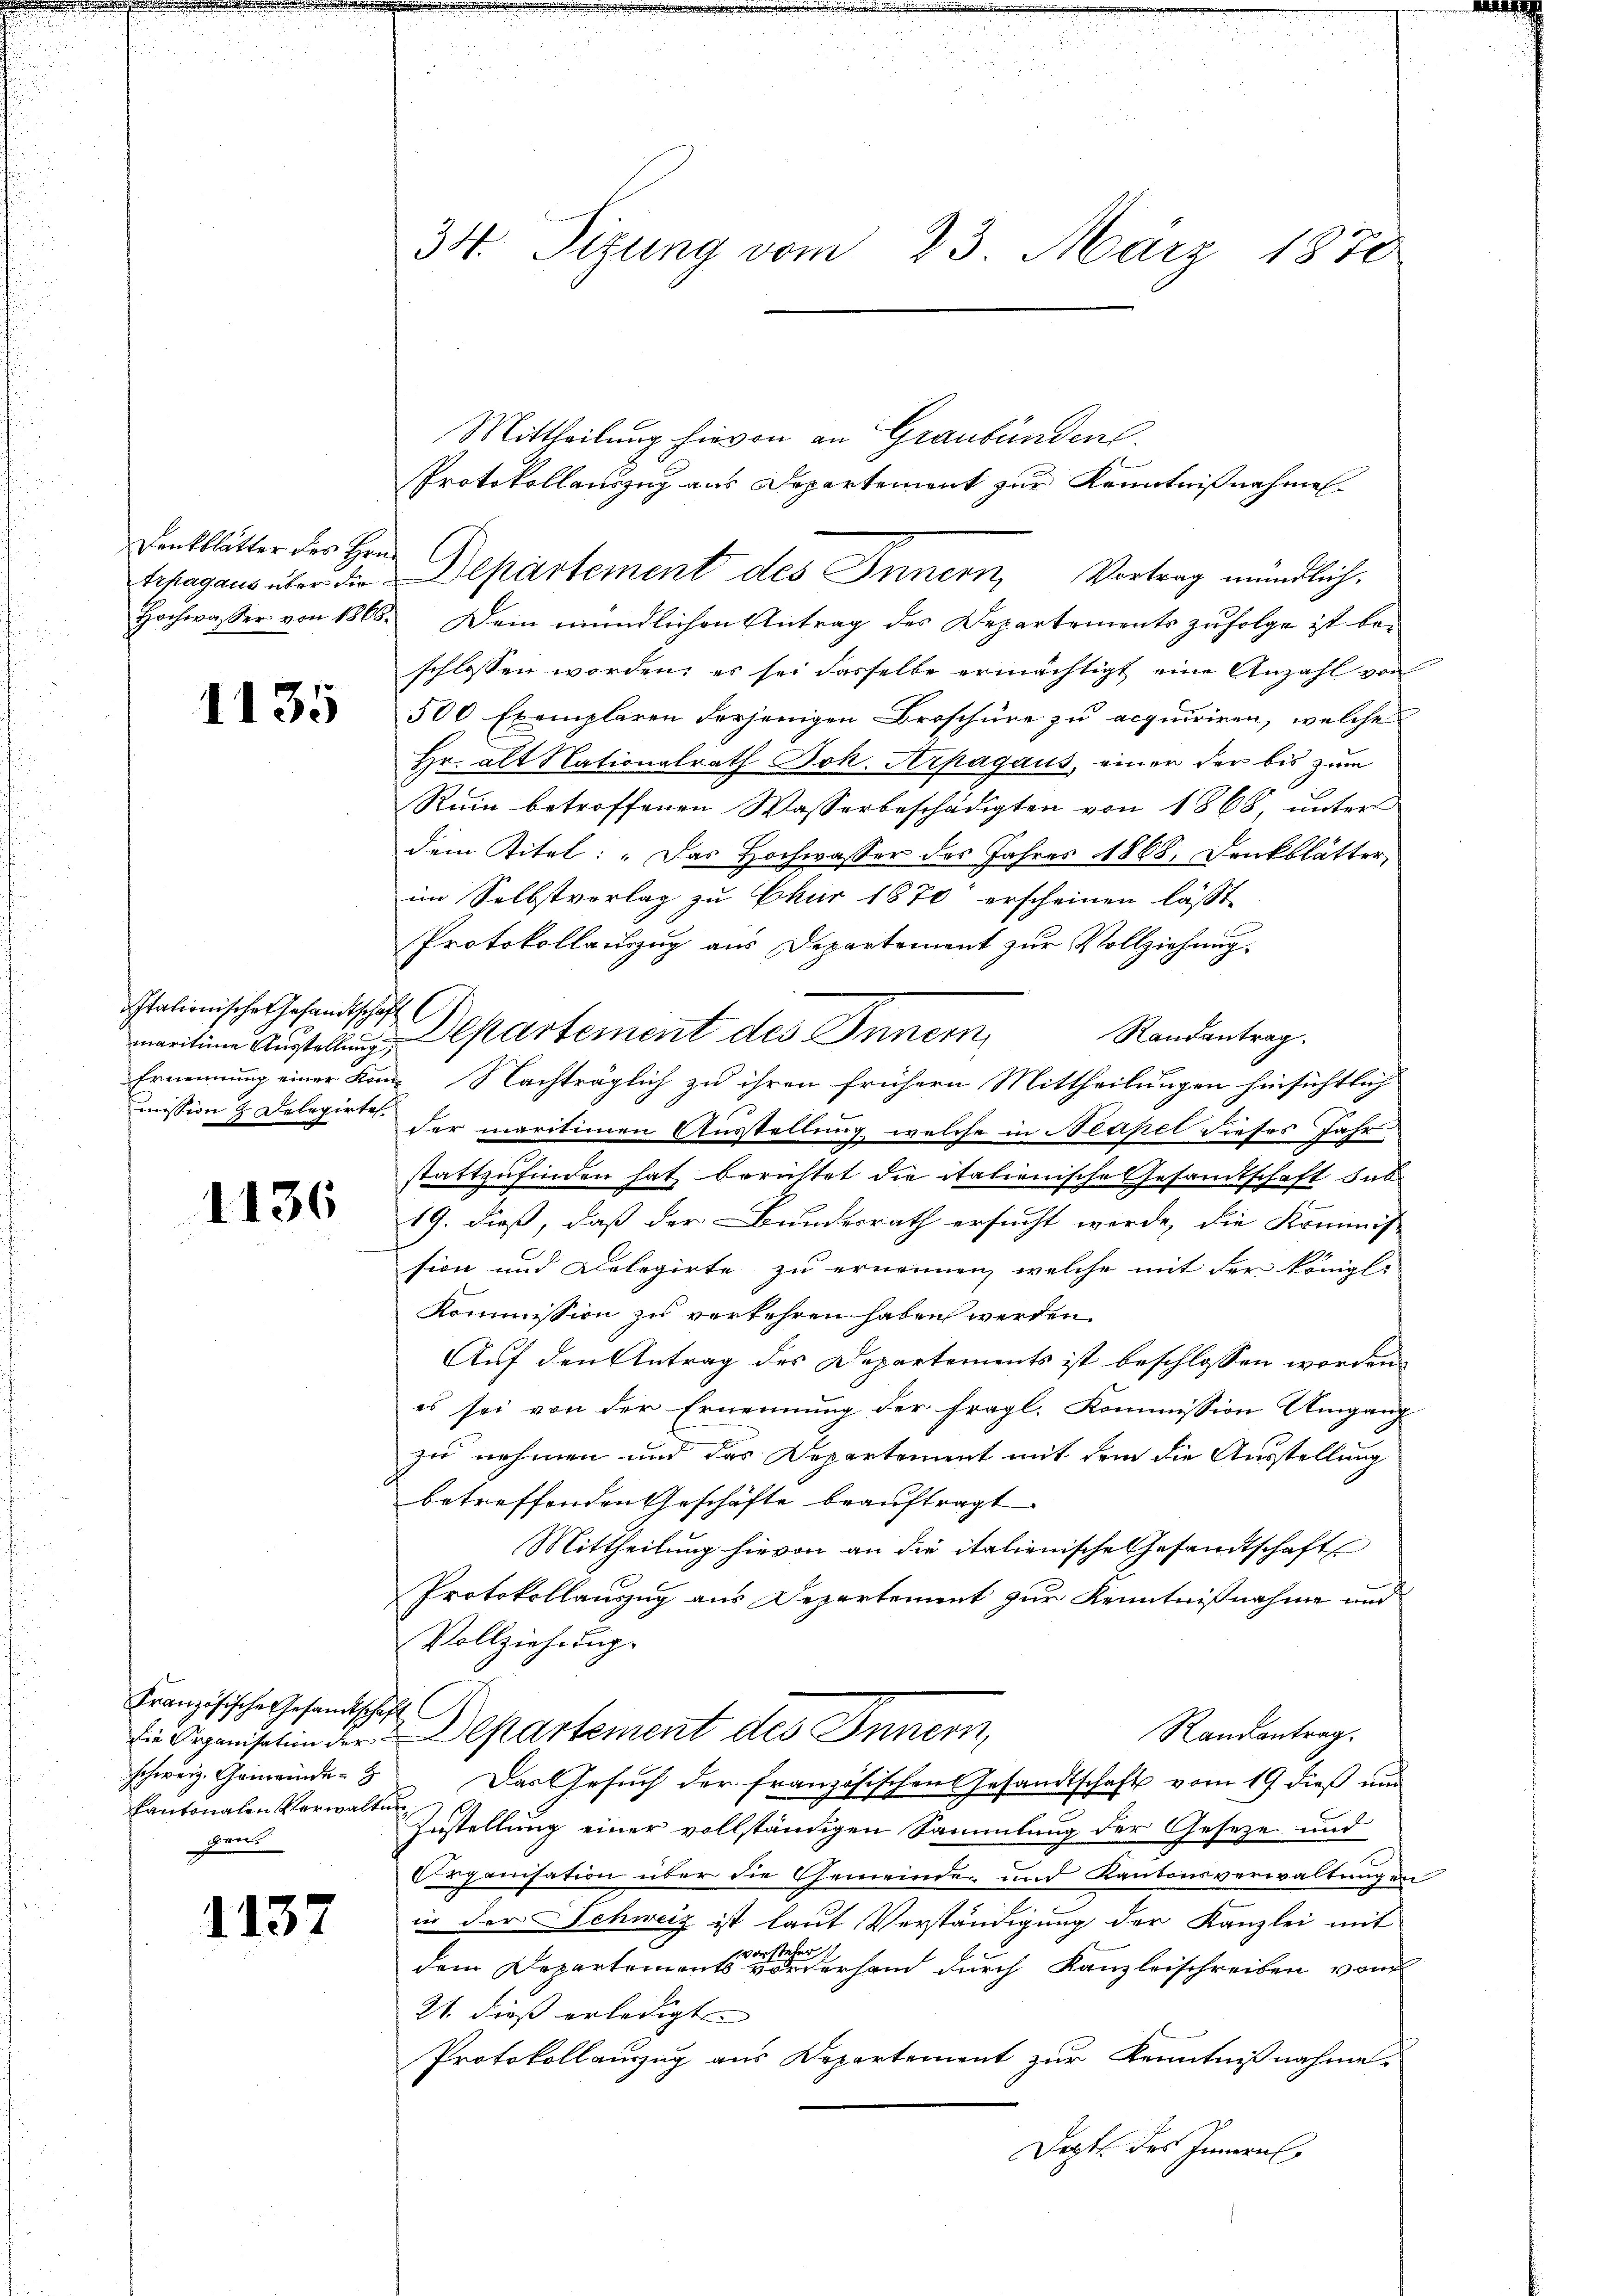
Denkblätter des Hrn.

1135

Italienische Gesandtschaft
maritione Ausstellung,
mission & Delegirte

1136

Französische Gesandtschaft
schweiz. Gemeinde-
kantonalen Verwaltung
gent

1137

34. Sizung vom 23. März 1870

Mittheilung hievon an Graubünden.
Protokollauszug aus Departement zur Kenntnißnahme
Shagaus über die Departement des Innern, Vortrag mündlich.
Hochwasser von 1866. Dein mündlichen Antrag des Departements zufolge ist beschlossen worden; es sei dasselbe ermächtigt eine Anzahl von
500 Exemplaren derjenigen Broschüre zu acquiriren, welche
Hr. alt Nationalrath Joh. Arpagaus, einer der bis zum
Ruin betroffenen Wasserbeschädigten von 1868, unter
dem Titel: „Das Hochwasser des Jahres 1868, Denkblätter,
im Selbstverlag zu Chur 1870 erscheinen läßt
Protokollauszug aus Departement zur Vollziehung,
Departement des Inner,
Randantrag.
Ernennung einer Kon- Nachträglich zu ihren frühern Mittheilungen hinsichtlich
der maritionen Ausstellung welche in Nerpel dieses Jahr
stattzufinden hat berichtet die italienische Gesandtschaft dab
19. dieß, daß der Bundesrath ersucht werde, die Kommis-
sion und Delegirte zu ernennen, welche mit der königl.
Kommission zu verkehren haben werden.
Auf den Antrag des Departements ist beschlossen worden.
es sei von der Ernennung der fragl. Kommission Umgang
zu nehmen und das Departement mit dem die Ausstellung
betreffenden Geschäfte beauftragt.
Mittheilung hievon an die italienische Gesandtschafts
Protokollanzug aus Departement zur Kenntnißnahme und
Vollziehung.
Randantrag.
Eine Organisation der Departement des Innern,
Das Gesuch der französischen Gesandtschaft vom 19 dieß un
Zustellung einer vollständigen Sammlung der Geseze und
Organisation über die Gemeinden und Kantonsverwaltungen
in der Schweiz ist laut Verständigung der Kanzlei mit
vorsteher
dem Departements vorderhand durch Kanzleischreiben von
21. dieß erledigt. |
Protokollauszug aus Departement zur Kenntnißnahme
Dopts des Innern

.